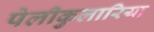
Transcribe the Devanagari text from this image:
पेलीकुलारिया